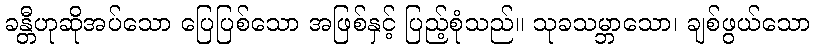
ခန္တီဟုဆိုအပ်သော ပြေပြစ်သော အဖြစ်နှင့် ပြည့်စုံသည်။ သုခသမ္ဘာသော၊ ချစ်ဖွယ်သော